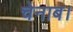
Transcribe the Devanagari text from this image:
चेनाब।